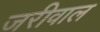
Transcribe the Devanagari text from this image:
जरीवाल